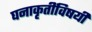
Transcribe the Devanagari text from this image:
घनाकृतींविषयीं